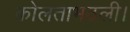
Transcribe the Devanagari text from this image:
कोलताभठली।